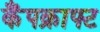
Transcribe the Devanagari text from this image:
कैंपक्राफ्ट